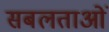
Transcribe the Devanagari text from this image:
सबलताओं